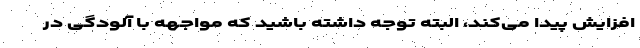
افزایش پیدا می‌کند، البته توجه داشته باشید که مواجهه با آلودگی در